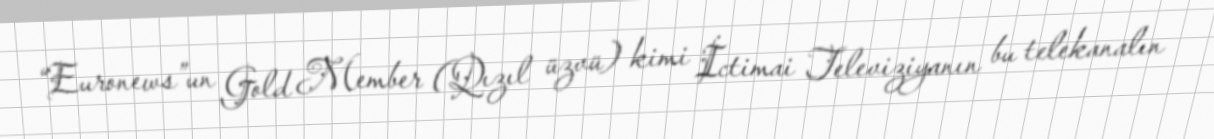
“Euronews”un Gold Member (Qızıl üzvü) kimi İctimai Televiziyanın bu telekanalın